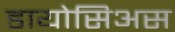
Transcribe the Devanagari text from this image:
डायोसिअस